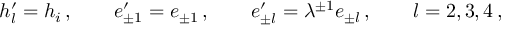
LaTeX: h _ { l } ^ { \prime } = h _ { i } \, , \qquad e _ { \pm 1 } ^ { \prime } = e _ { \pm 1 } \, , \qquad e _ { \pm l } ^ { \prime } = \lambda ^ { \pm 1 } e _ { \pm l } \, , \qquad l = 2 , 3 , 4 \, ,